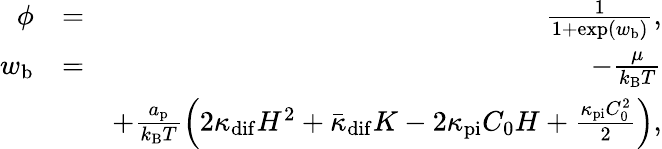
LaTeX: \begin{array}{rlr}{\phi}&{=}&{\frac{1}{1+\exp(w_{\mathrm{b}})},}\\ {w_{\mathrm{b}}}&{=}&{-\frac{\mu}{k_{\mathrm{B}}T}}\\ &{}&{+\frac{a_{\mathrm{p}}}{k_{\mathrm{B}}T}\Big(2\kappa_{\mathrm{dif}}H^{2}+\bar{\kappa}_{\mathrm{dif}}K-2\kappa_{\mathrm{pi}}C_{0}H+\frac{\kappa_{\mathrm{pi}}C_{0}^{2}}{2}\Big),}\end{array}